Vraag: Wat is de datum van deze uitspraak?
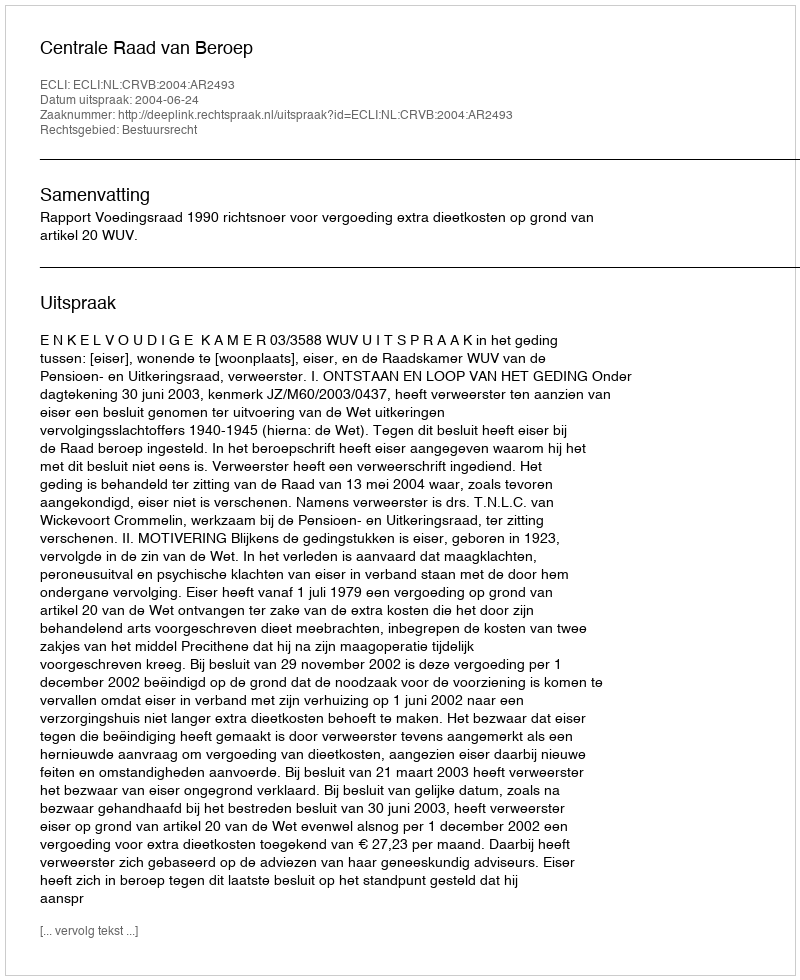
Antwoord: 2004-06-24